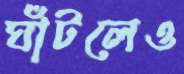
ঘাঁটলেও